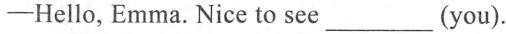
-Hello, Emma. Nice to see ___ (you).